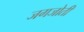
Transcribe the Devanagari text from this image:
जगजोती